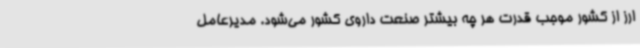
ارز از کشور موجب قدرت هر چه بیشتر صنعت داروی کشور می‌شود. مدیرعامل